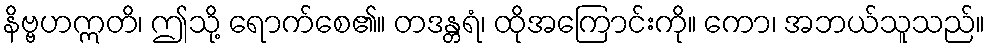
နိဗ္ဗဟဣတိ၊ ဤသို့ ရောက်စေ၏။ တဒန္တရံ၊ ထိုအကြောင်းကို။ ကော၊ အဘယ်သူသည်။